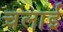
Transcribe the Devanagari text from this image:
चलार्इ